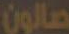
صالون